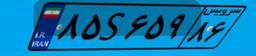
۰۱S۲۹۹۱۰